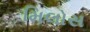
મિલોસ